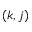
( k , j )